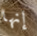
إنها